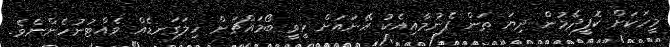
މީހަކަށް ކޮފީދެމުން ދިޔަ ތަން ފެނުމާއިއެކު އޭނައަށް ހީވީ ބޯމައްޗަށް ހިލަގަނޑެއް ވެއްޓުނުހެންނެވެ.